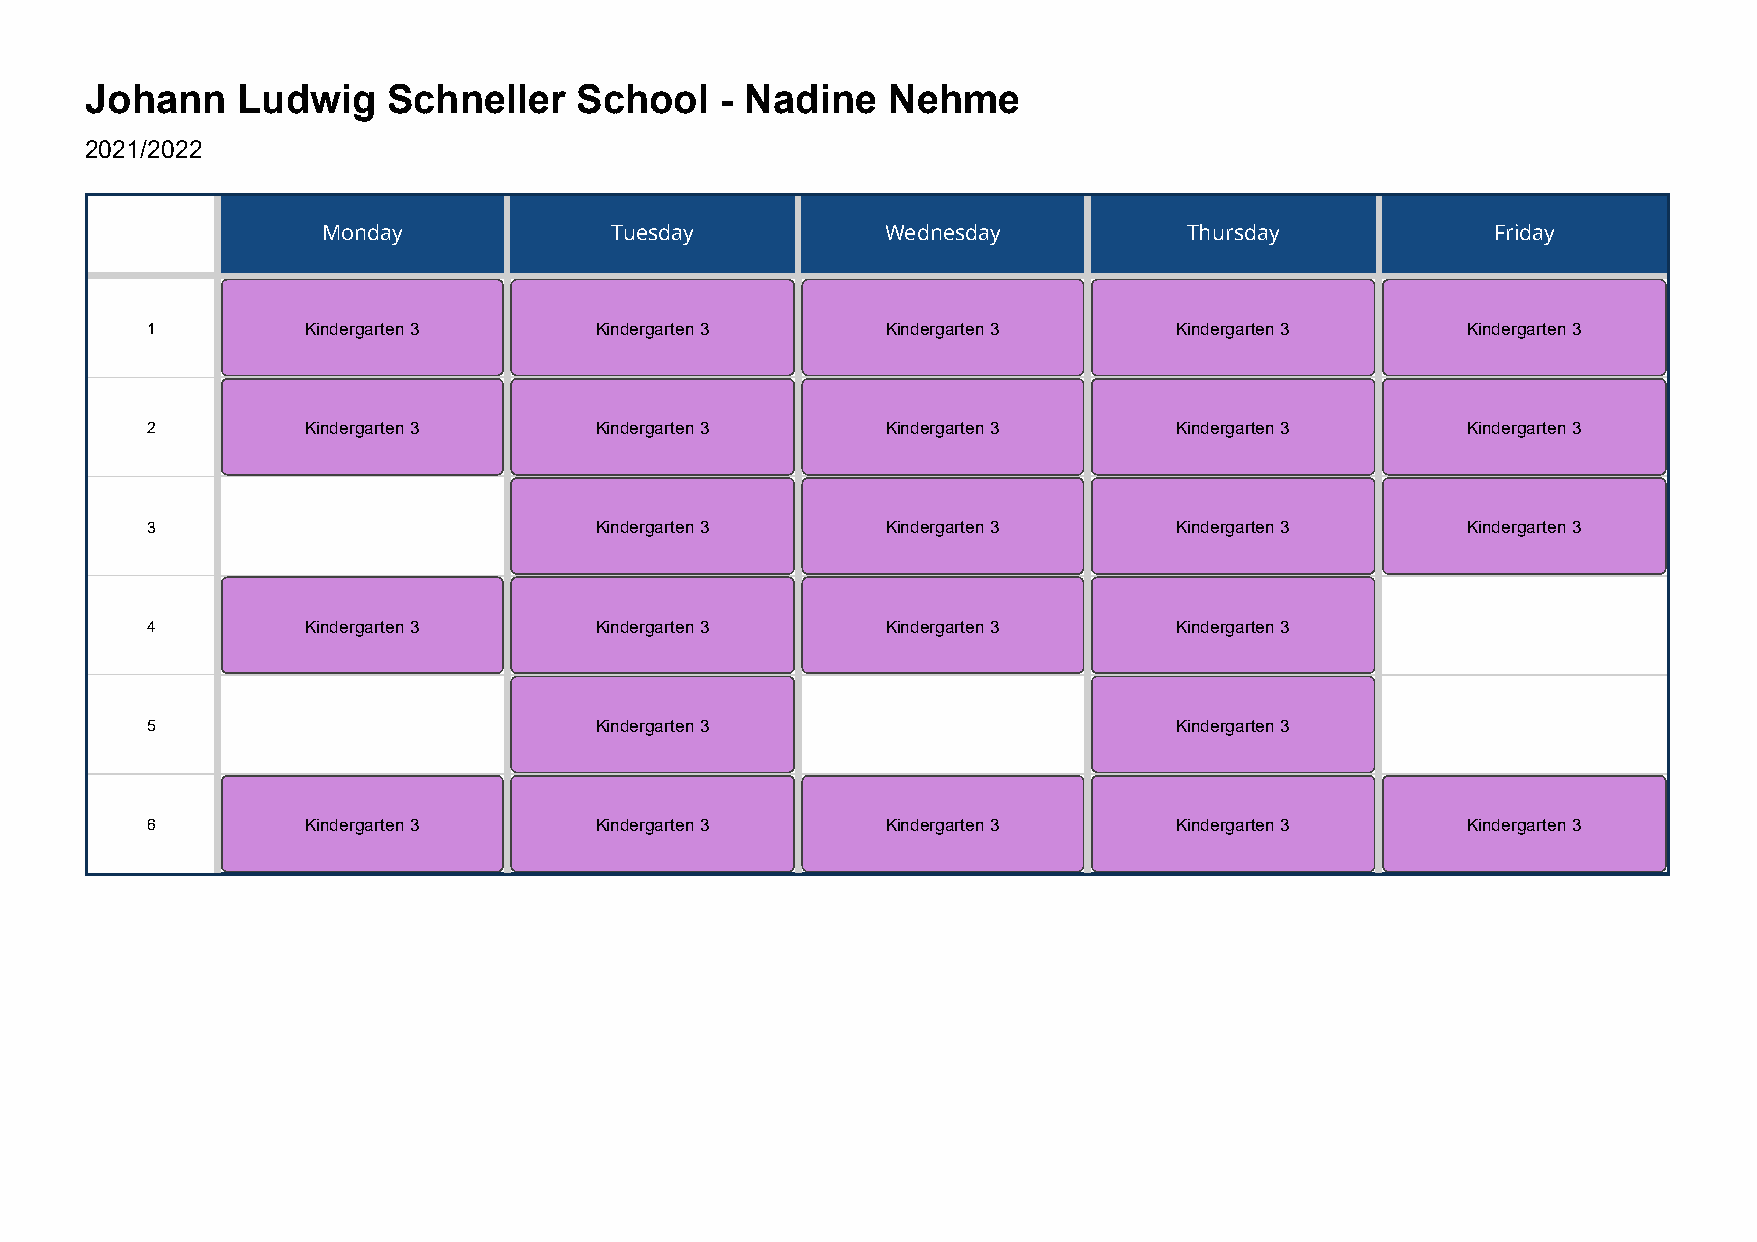
Johann    Ludwig    Schneller   School    - Nadine   Nehme
 2021/2022
 Monday             Tuesday            Wednesday           Thursday            Friday
 1         Kindergarten 3     Kindergarten 3      Kindergarten 3     Kindergarten 3     Kindergarten 3
 2         Kindergarten 3     Kindergarten 3      Kindergarten 3     Kindergarten 3     Kindergarten 3
 3                            Kindergarten 3      Kindergarten 3     Kindergarten 3     Kindergarten 3
 4         Kindergarten 3     Kindergarten 3      Kindergarten 3     Kindergarten 3
 5                            Kindergarten 3                         Kindergarten 3
 6         Kindergarten 3     Kindergarten 3      Kindergarten 3     Kindergarten 3     Kindergarten 3